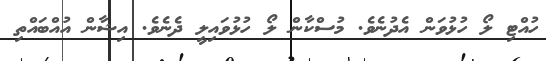
ހުއްޓި ލޯ ހުޅުވަން އެދުނެވެ. މުސްކާން ލޯ ހުޅުވައިލީ ދެނެވެ. އިޝާން އުއްބައްތި